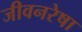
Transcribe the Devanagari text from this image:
जीवनरेषा